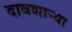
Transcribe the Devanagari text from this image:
दावणाऱ्या